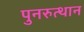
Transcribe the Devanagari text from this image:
पुनरुत्‍थान